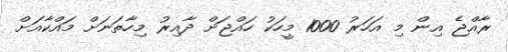
ރާއްޖެ އިން މި އަހަރު 1000 މީހަކު ހައްޖަށް ދާއިރު މިހާތަނަށް މައްކާއަށް